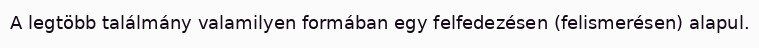
A legtöbb találmány valamilyen formában egy felfedezésen (felismerésen) alapul.